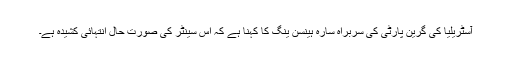
آسٹریلیا کی گرین پارٹی کی سربراہ سارہ ہینسن ینگ کا کہنا ہے کہ اس سینٹر کی صورت حال انتہائی کشیدہ ہے۔